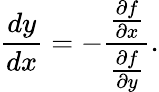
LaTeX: {\frac{dy}{dx}}=-{\frac{\frac{\partial f}{\partial x}}{\frac{\partial f}{\partial y}}}.